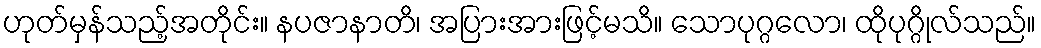
ဟုတ်မှန်သည့်အတိုင်း။ နပဇာနာတိ၊ အပြားအားဖြင့်မသိ။ သောပုဂ္ဂလော၊ ထိုပုဂ္ဂိုလ်သည်။